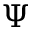
\Psi